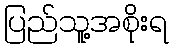
ပြည်သူ့အစိုးရ